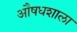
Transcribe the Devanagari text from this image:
औषधशाला